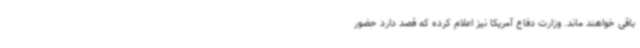
باقی خواهند ماند. وزارت دفاع آمریکا نیز اعلام کرده که قصد دارد حضور